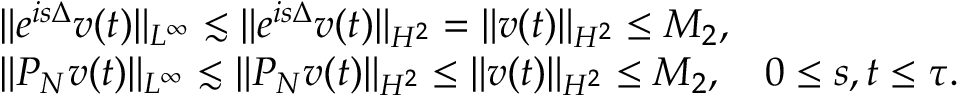
\begin{array} { r l } & { \| e ^ { i s \Delta } v ( t ) \| _ { L ^ { \infty } } \lesssim \| e ^ { i s \Delta } v ( t ) \| _ { H ^ { 2 } } = \| v ( t ) \| _ { H ^ { 2 } } \leq M _ { 2 } , } \\ & { \| P _ { N } v ( t ) \| _ { L ^ { \infty } } \lesssim \| P _ { N } v ( t ) \| _ { H ^ { 2 } } \leq \| v ( t ) \| _ { H ^ { 2 } } \leq M _ { 2 } , \quad 0 \leq s , t \leq \tau . } \end{array}